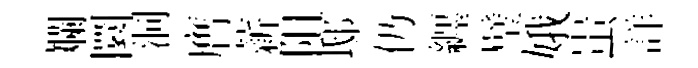
斕圜洞膺薪阻邸仍纒璧娥蚩詳